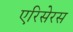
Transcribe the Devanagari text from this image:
एरिसेरस